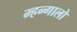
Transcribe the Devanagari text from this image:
म्हन्गालो